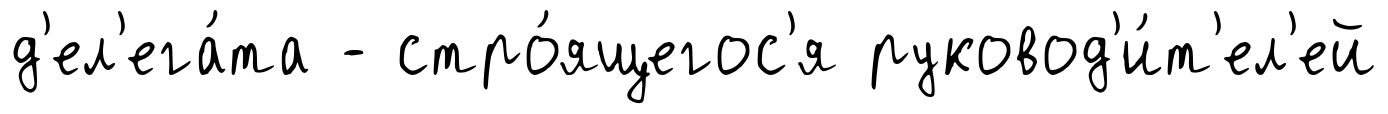
д'ел'ега́та - стро́ящегос'я руковод'и́т'ел'ей